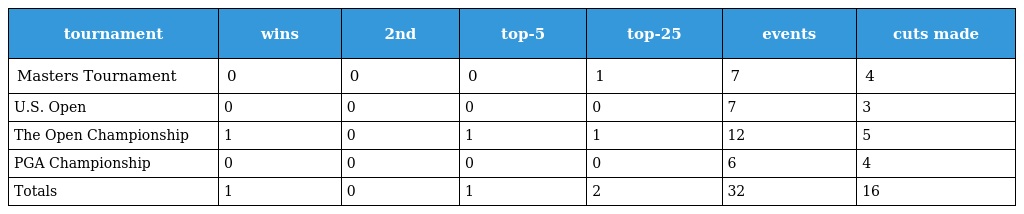
| tournament | wins | 2nd | top-5 | top-25 | events | cuts made |
 | --- | --- | --- | --- | --- | --- | --- |
 | Masters Tournament | 0 | 0 | 0 | 1 | 7 | 4 |
 | U.S. Open | 0 | 0 | 0 | 0 | 7 | 3 |
 | The Open Championship | 1 | 0 | 1 | 1 | 12 | 5 |
 | PGA Championship | 0 | 0 | 0 | 0 | 6 | 4 |
 | Totals | 1 | 0 | 1 | 2 | 32 | 16 |